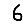
Digit: 6